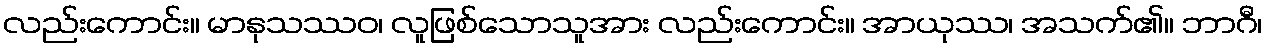
လည်းကောင်း။ မာနုသဿဝ၊ လူဖြစ်သောသူအား လည်းကောင်း။ အာယုဿ၊ အသက်၏။ ဘာဂီ၊